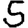
Digit: 5